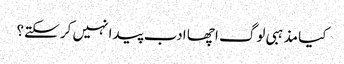
کیا مذہبی لوگ اچھا ادب پیدا نہیں کر سکتے؟